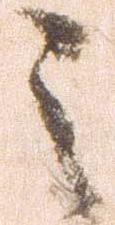
之